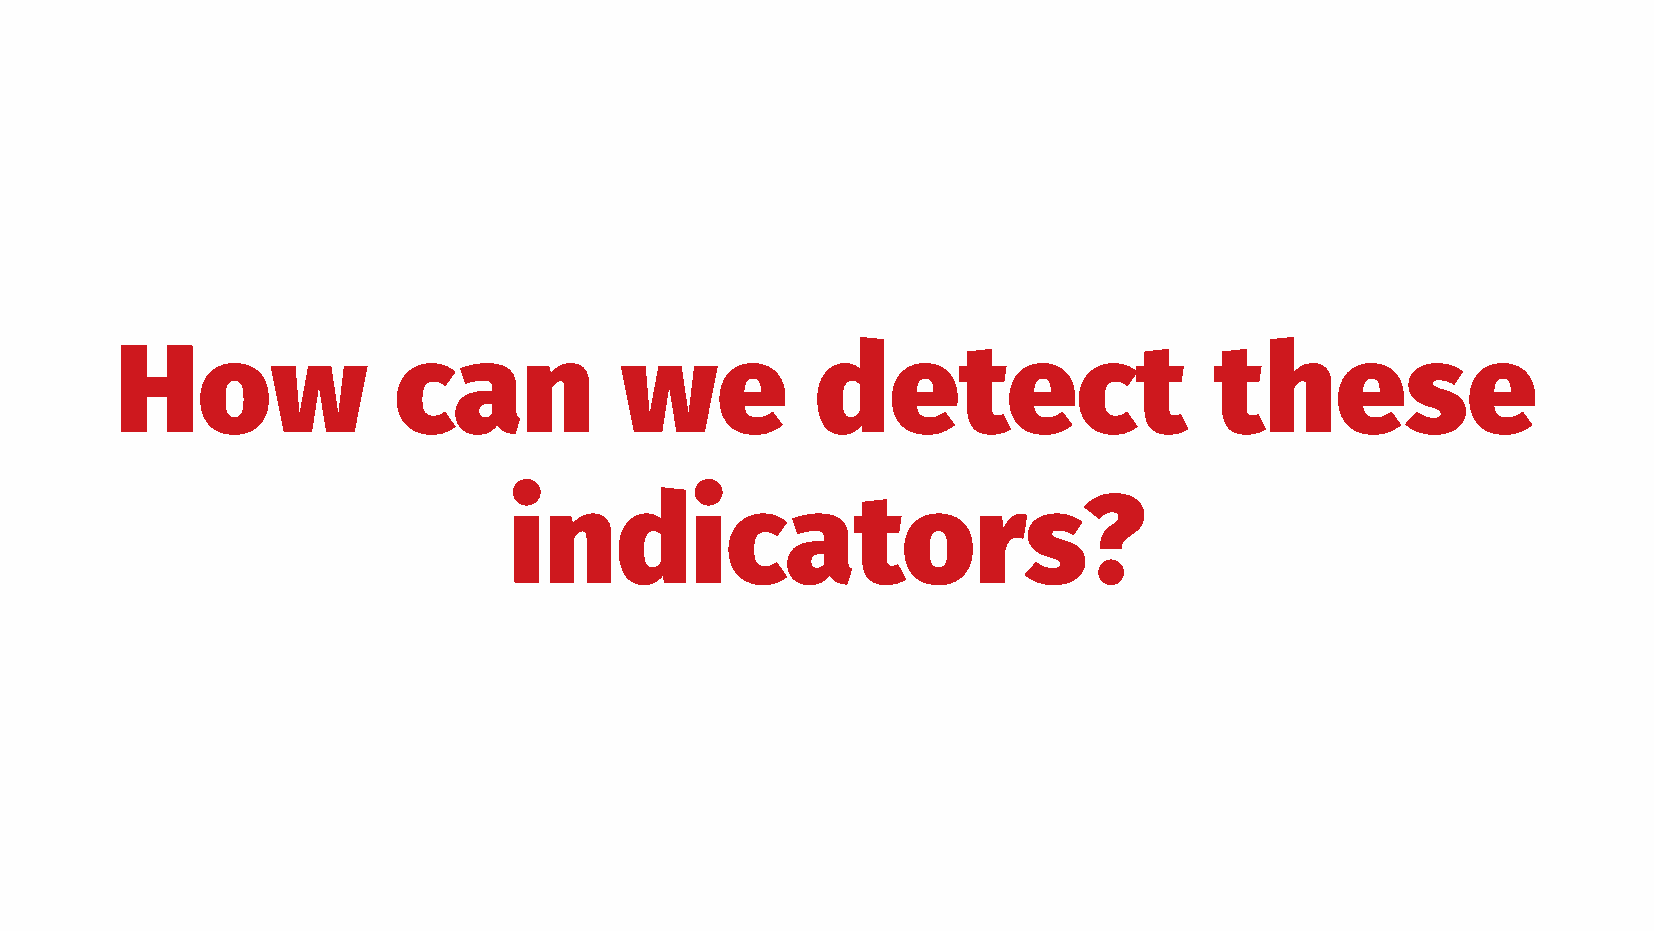
How               can            we           detect                    these
 indicators?